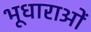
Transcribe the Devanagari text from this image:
भूधाराओं